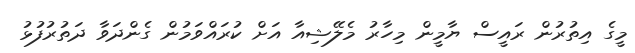
މީގެ އިތުރުން ރައީސް ޔާމީން މިހާރު މެލޭޝިއާ އަށް ކުރައްވަމުން ގެންދަވާ ދަތުރުފުޅު